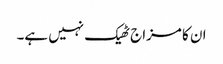
ان کا مزاج ٹھیک نہیں ہے۔